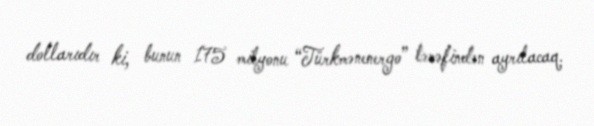
dollarıdır ki, bunun 175 milyonu “Türkmənenergo” tərəfindən ayrılacaq.